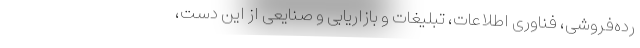
رده‌فروشی، فناوری اطلاعات، تبلیغات و بازاریابی و صنایعی از این دست،